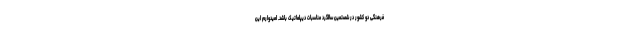
فرهنگی دو کشور در شصتمین سالگرد مناسبات دیپلماتیک باشد. امیدوارم این